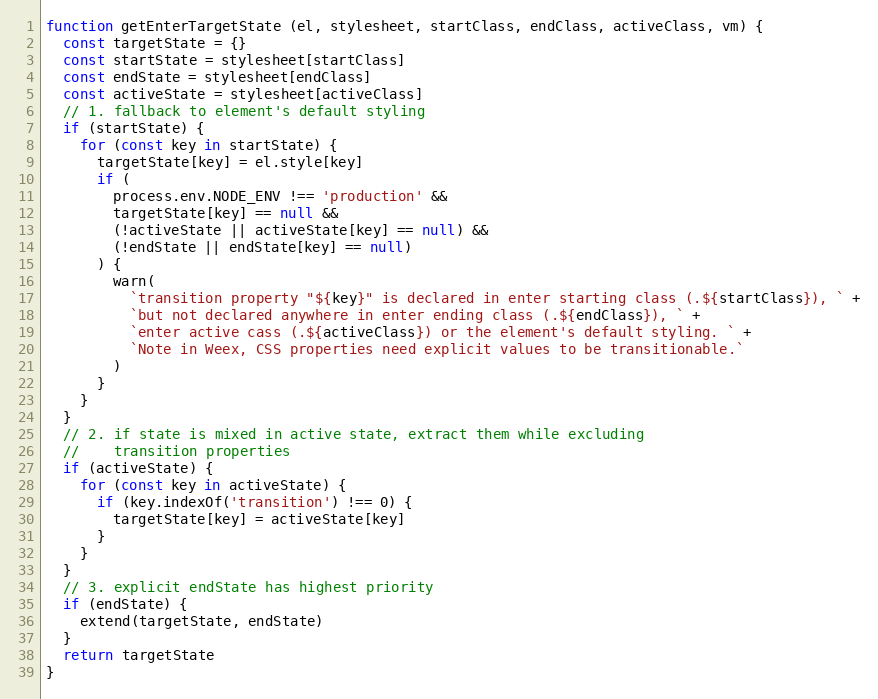
Language: JavaScript
function getEnterTargetState (el, stylesheet, startClass, endClass, activeClass, vm) {
  const targetState = {}
  const startState = stylesheet[startClass]
  const endState = stylesheet[endClass]
  const activeState = stylesheet[activeClass]
  // 1. fallback to element's default styling
  if (startState) {
    for (const key in startState) {
      targetState[key] = el.style[key]
      if (
        process.env.NODE_ENV !== 'production' &&
        targetState[key] == null &&
        (!activeState || activeState[key] == null) &&
        (!endState || endState[key] == null)
      ) {
        warn(
          `transition property "${key}" is declared in enter starting class (.${startClass}), ` +
          `but not declared anywhere in enter ending class (.${endClass}), ` +
          `enter active cass (.${activeClass}) or the element's default styling. ` +
          `Note in Weex, CSS properties need explicit values to be transitionable.`
        )
      }
    }
  }
  // 2. if state is mixed in active state, extract them while excluding
  //    transition properties
  if (activeState) {
    for (const key in activeState) {
      if (key.indexOf('transition') !== 0) {
        targetState[key] = activeState[key]
      }
    }
  }
  // 3. explicit endState has highest priority
  if (endState) {
    extend(targetState, endState)
  }
  return targetState
}